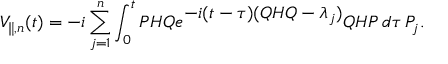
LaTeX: V _ { \parallel , n } ( t ) = - i \sum _ { j = 1 } ^ { n } \int _ { 0 } ^ { t } P H Q e ^ { \textstyle - i ( t - \tau ) ( Q H Q - { \lambda } _ { j } ) } Q H P \, d \tau \, P _ { j } .